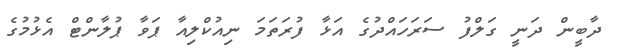
ދާބީން ދަނީ ގަލްފު ސަރަހައްދުގެ އަޅާ ފުރަތަމަ ނިއުކްލިއާ ޕަވާ ޕުލާންޓް އެޅުމުގެ